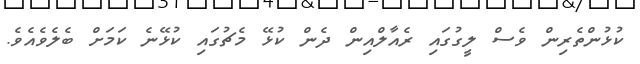
ކުޅުންތެރިން ވެސް ލީގުގައި ރެއާލްއިން ދެން ކުޅޭ މެޗުގައި ކުޅޭނެ ކަމަށް ބެލެވެއެވެ.